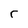
Character: r